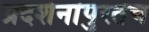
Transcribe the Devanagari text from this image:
प्रदर्शनांपुरतेच